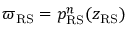
\varpi _ { \mathrm { R S } } = p _ { \mathrm { R S } } ^ { n } ( z _ { \mathrm { R S } } )